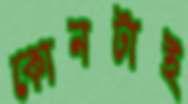
কোনটাই